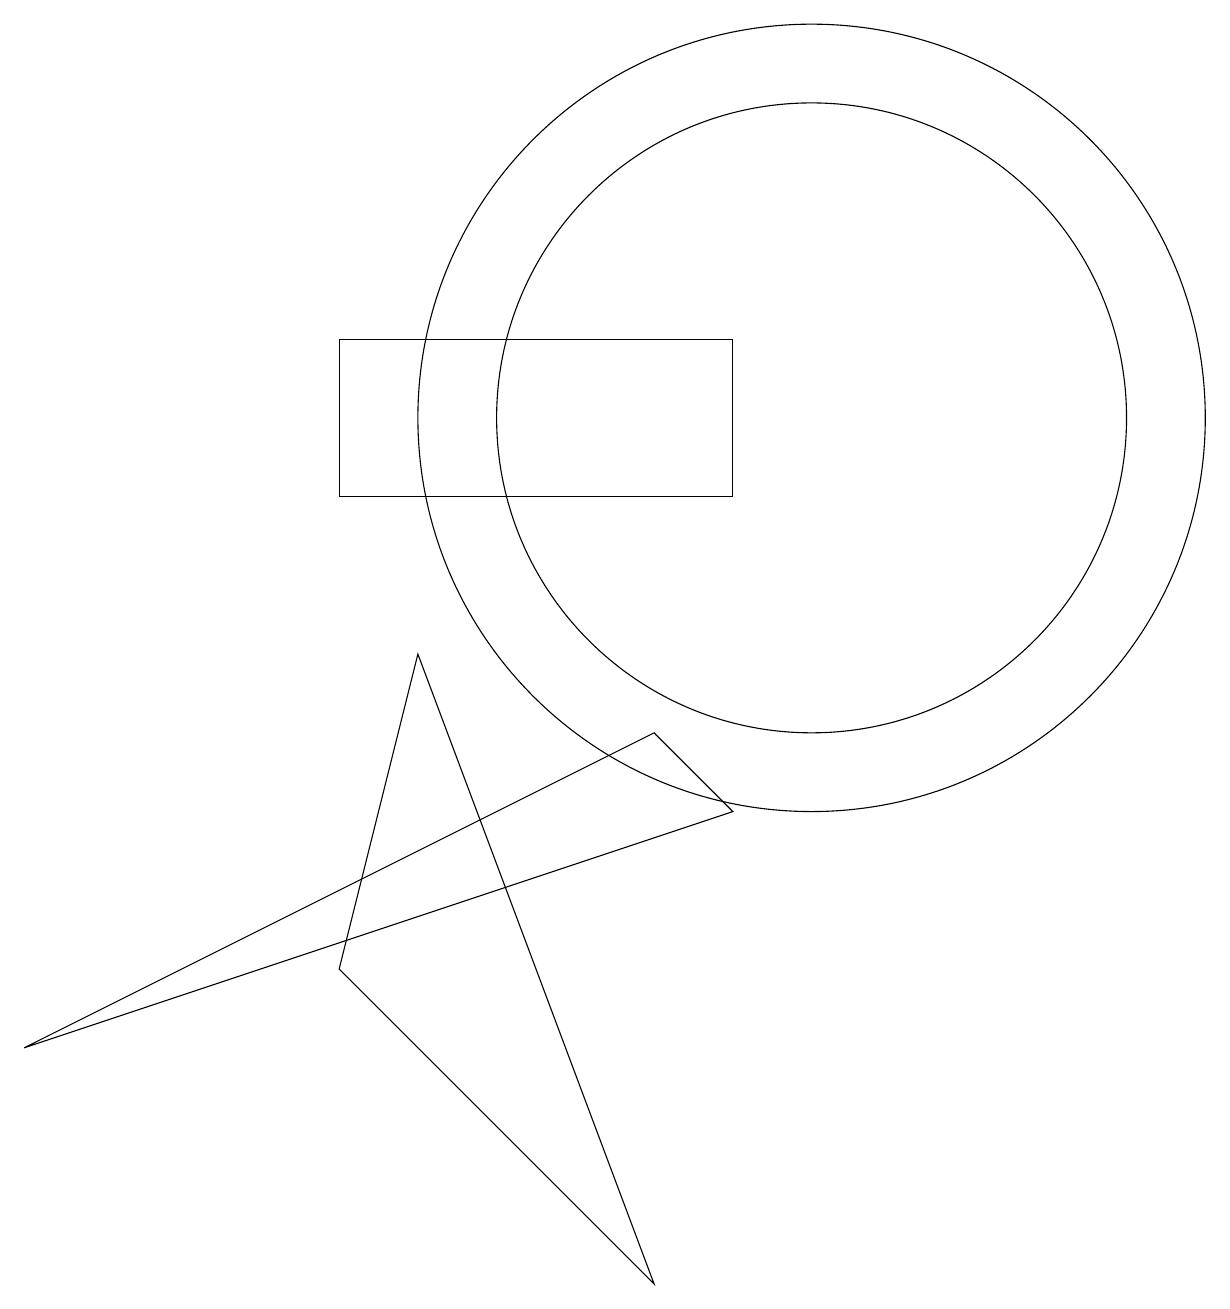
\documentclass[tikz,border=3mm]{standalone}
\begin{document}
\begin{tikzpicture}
\draw (10,11) circle (5);
\draw (8,7) -- (0,3) -- (9,6) -- cycle;
\draw (4,4) -- (5,8) -- (8,0) -- cycle;
\draw (4,10) rectangle (9,12);
\draw (10,11) circle (4);
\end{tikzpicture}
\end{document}